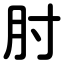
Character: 肘